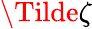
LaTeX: \Tilde{\zeta}